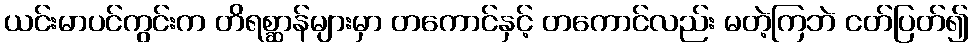
ယင်းမာပင်ကွင်းက တိရစ္ဆာန်များမှာ တကောင်နှင့် တကောင်လည်း မတဲ့ကြဘဲ ငတ်ပြတ်၍